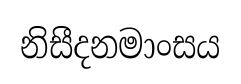
නිසීදනමාංසය